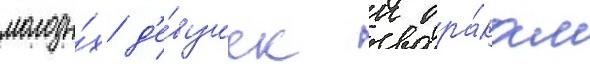
молоды́х д'е́вушек к бра́кам